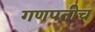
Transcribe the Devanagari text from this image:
गणपतीच